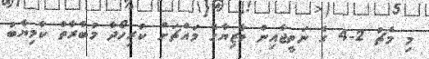
މި މެޗު 2-4 ގެ ނަތީޖާއިން މާޒިޔާގެ މައްޗަށް ކުރިހޯދާ މުބާރާތް ކާމިޔާބު